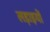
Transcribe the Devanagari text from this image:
लडा़इयों